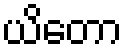
ယိတော